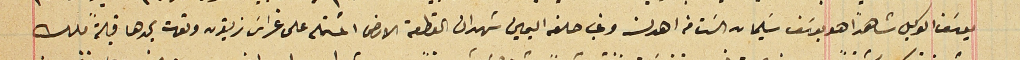
يوسَف الوكيل شاهداً هو يوسَف سَليمان السَت من اهدن وغب حلفه اليمين شهد ان القطعة الارض المشتمله على غراسَ زيتون وتوت يحدها قبلة ملك